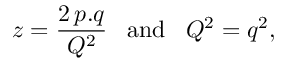
z = \frac { 2 \, p . q } { Q ^ { 2 } } \, \, \, \, \, \mathrm { a n d } \, \, \, \, \, Q ^ { 2 } = q ^ { 2 } ,